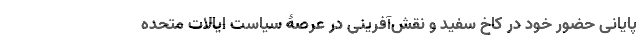
پایانی حضور خود در کاخ سفید و نقش‌آفرینی در عرصۀ سیاست ایالات متحده